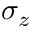
\sigma _ { z }